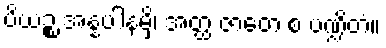
ပိယဉ္စ အန္နပါနမှိ၊ အတ္ထ ဇာတေ စ ပဏ္ဍိတံ။